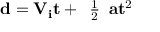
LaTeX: \mathbf { d } = \mathbf { V _ { i } } \mathbf { t } + { \begin{array} { l } { { \frac { 1 } { 2 } } } \end{array} } \mathbf { a } \mathbf { t } ^ { 2 }